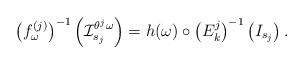
\begin{align*} \left(f^{(j)} _\omega \right)^{-1} \left(\mathcal I ^{\theta ^j \omega} _{s_j}\right) = h(\omega) \circ \left(E_k^j\right) ^{-1} \left( I_{s_j}\right).\end{align*}